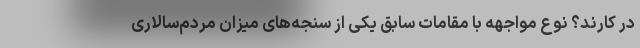
در کارند؟ نوع مواجهه با مقامات سابق یکی از سنجه‌های میزان مردم‌سالاری